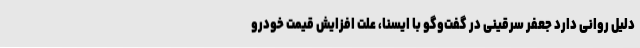
دلیل روانی دارد جعفر سرقینی در گفت‌وگو با ایسنا، علت افزایش قیمت خودرو